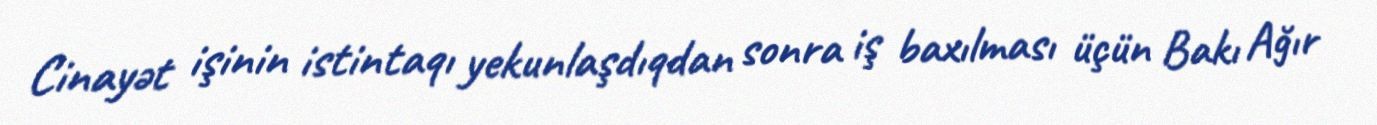
Cinayət işinin istintaqı yekunlaşdıqdan sonra iş baxılması üçün Bakı Ağır